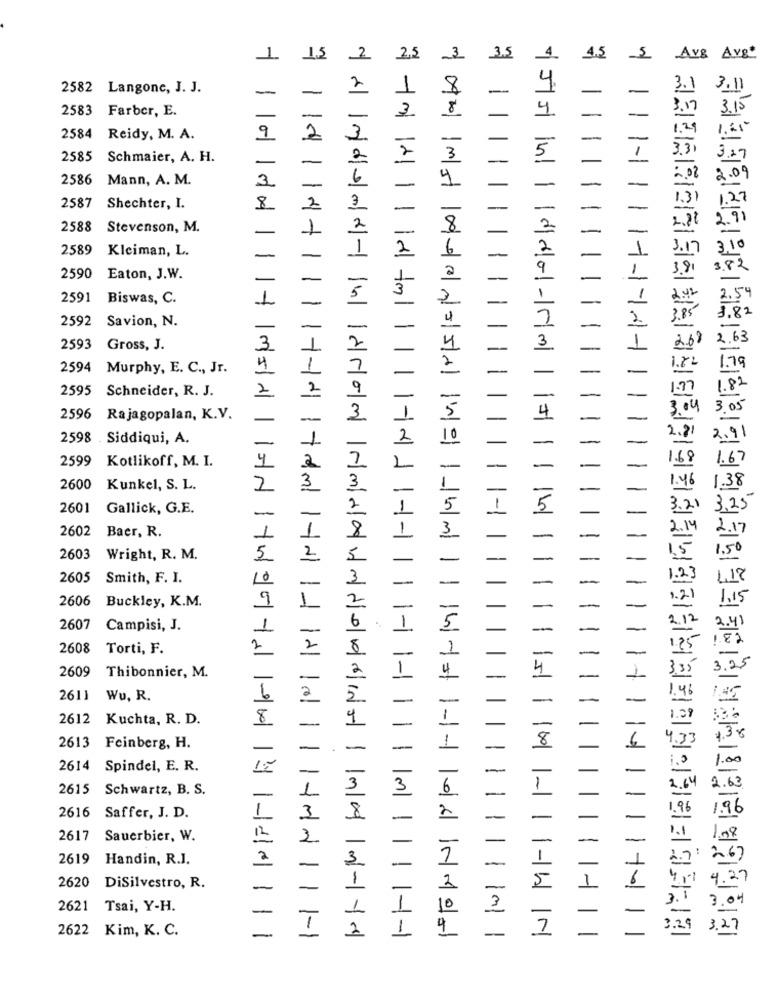
1.5
2
2,5
3
3,5
4.5
5
Avg Avg
2582 Langone, J. J.
-
2
8
3.11
-
1
2583
Farber, E.
2584
Reidy, M. A.
9
2
2585
Schmaier, A. H.
2
/1-1
141
2586
Mann, A. M.
3
1
2587
Shechter, I.
8
1
2588
Stevenson, M.
2589
Kleiman, L.
2590
Eaton, J.W.
14+11
2591
Biswas, C.
2592
Savion, N.
2593
Gross, J.
55 nl 1 dde-5m
11-1-1-11
.79
2594
Murphy, E. C ., Jr.
2595
Schneider, R. J.
04
2596 Rajagopalan, K.V.
2598 . Siddiqui, A.
2599 Kotlikoff, M. I.
2600
Kunkel, S. L.
2
2601
Gallick, G.E.
2602
Baer, R.
2603
Wright, R. M.
5.
1-1-11
2605
Smith, F. I.
10
2606
Buckley, K.M.
9
2607
Campisi, J.
1-
2608
Torti, F.
2
2609
Thibonnier, M.
-1
2611
Wu, R.
6
2612
Kuchta, R. D.
8
11-1-1-19mld
2613
Feinberg, H.
2614
Spindel, E. R.
14
2615
Schwartz, B. S.
1001-
1
2616 Saffer, J. D.
3
8
2617
Sauerbier, W.
12
2.
2619
Handin, R.J.
2
2620
DiSilvestro, R.
-
2621
Tsai, Y-H.
2622 Kim, K. C.
11-14 IN
-
1 1
11/11-1
yendocd-n drom cadaumdosdois ma -
1011